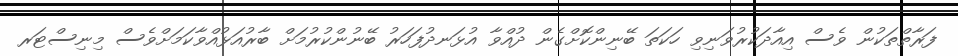
ފަރާތްތަކުން ވެސް އިއާދަކުރުވަނިވި ހަކަތަ ބޭނިންކޮށްގެން ދުއްވާ އުޅަނދުފަހަރު ބޭނުންކުރުމަށް ބާރުއަޅުއްވާކަމަށްވެސް މިނިސްޓަރ